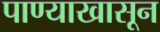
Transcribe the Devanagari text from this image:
पाण्याखासून